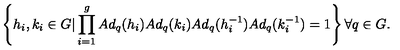
\left\{ h _ { i } , k _ { i } \in G \vert \prod _ { i = 1 } ^ { g } A d _ { q } ( h _ { i } ) A d _ { q } ( k _ { i } ) A d _ { q } ( h _ { i } ^ { - 1 } ) A d _ { q } ( k _ { i } ^ { - 1 } ) = 1 \right\} \forall q \in G .